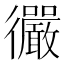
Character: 𫹪